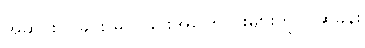
အဆင်းလှခြင်း မလှခြင်းအကြောင်းများကို ပြဆိုခန်း